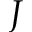
J